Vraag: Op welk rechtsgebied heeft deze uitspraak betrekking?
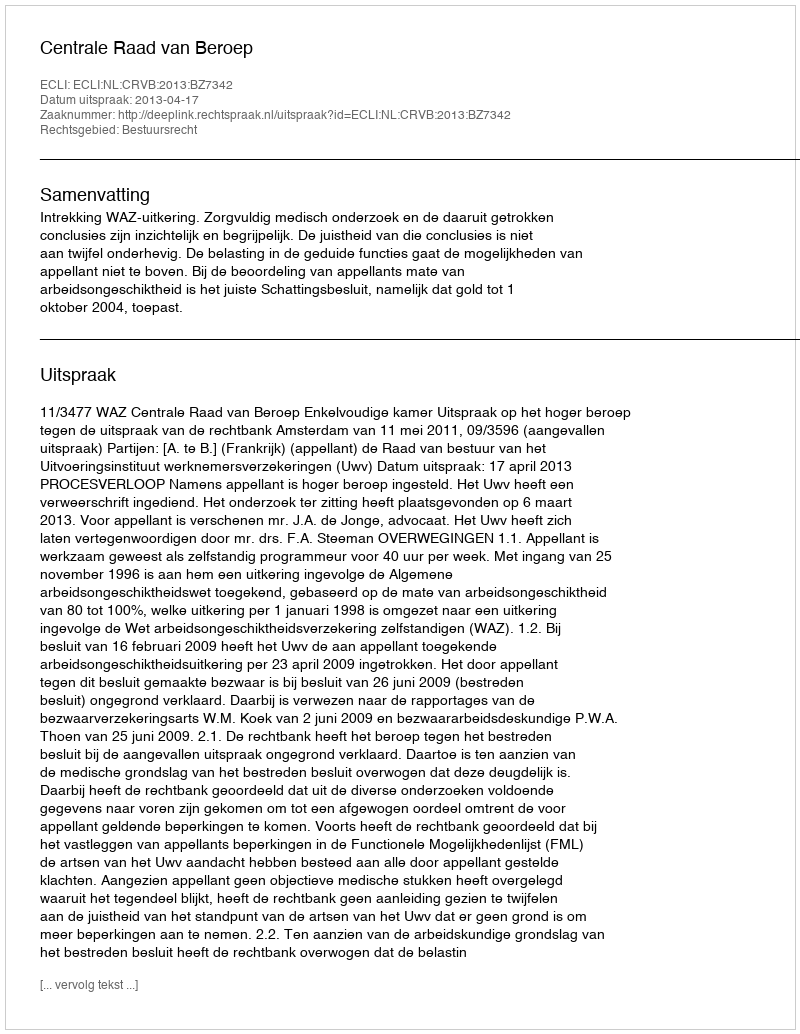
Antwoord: Bestuursrecht